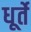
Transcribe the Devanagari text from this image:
धूर्ते